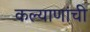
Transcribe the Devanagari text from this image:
कल्याणांची